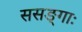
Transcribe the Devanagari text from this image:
ससङ्गाः